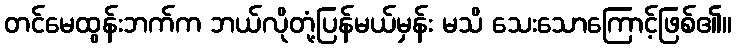
တင်မေထွန်းဘက်က ဘယ်လိုတုံ့ပြန်မယ်မှန်း မသိ သေးသောကြောင့်ဖြစ်၏။